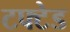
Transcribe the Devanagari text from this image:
टफ्टेड